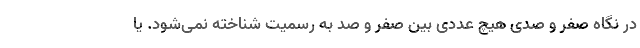
در نگاه صفر و صدی هیچ عددی بین صفر و صد به رسمیت شناخته نمی‌شود. یا